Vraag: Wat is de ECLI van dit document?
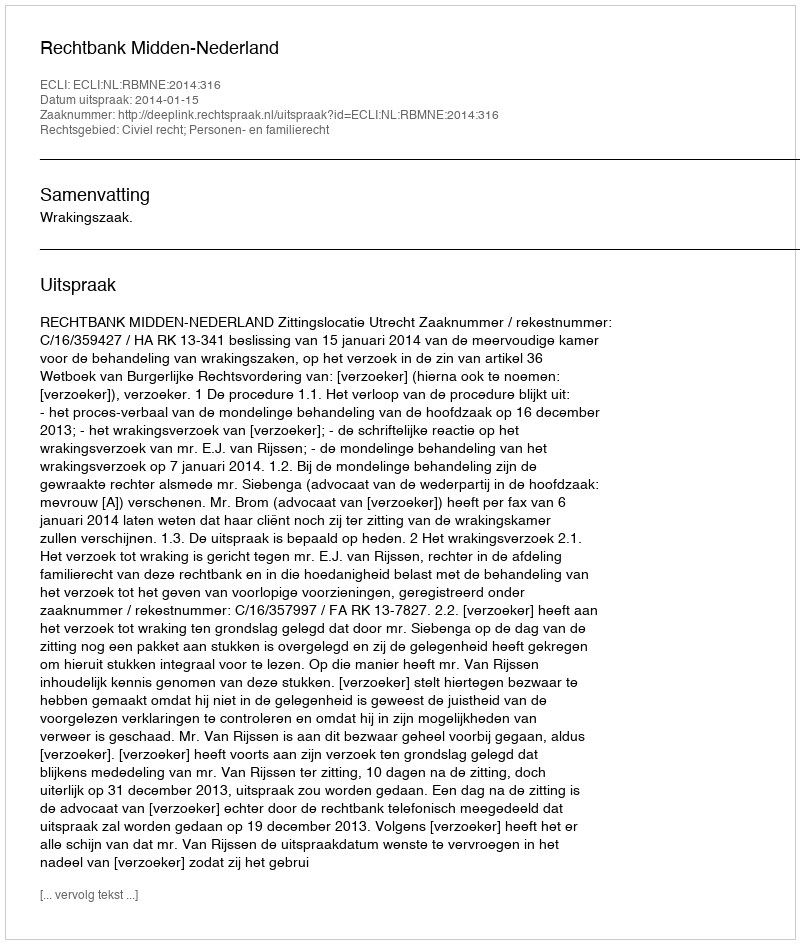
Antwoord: ECLI:NL:RBMNE:2014:316